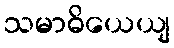
သမာဓိယေယျ